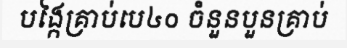
បង្កៃគ្រាប់បេ៤០ ចំនួនបួនគ្រាប់